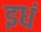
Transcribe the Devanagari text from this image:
इधं